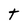
Character: T